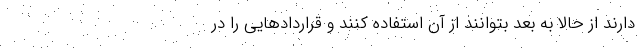
دارند از حالا به بعد بتوانند از آن استفاده کنند و قراردادهایی را در